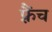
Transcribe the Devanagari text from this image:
फ़्रैंच